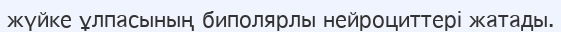
жүйке ұлпасының биполярлы нейроциттері жатады.